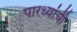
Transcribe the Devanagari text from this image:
पारध्यांची